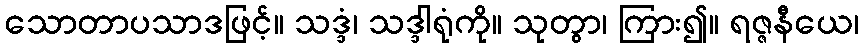
သောတာပသာဒဖြင့်။ သဒ္ဒံ၊ သဒ္ဒါရုံကို။ သုတွာ၊ ကြား၍။ ရဇ္ဇနီယေ၊